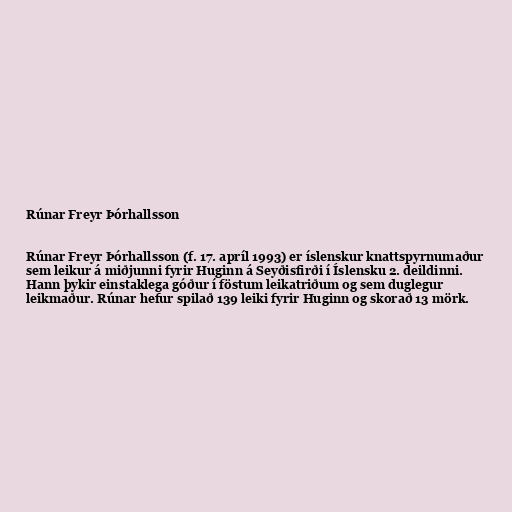
Rúnar Freyr Þórhallsson

Rúnar Freyr Þórhallsson (f. 17. apríl 1993) er íslenskur knattspyrnumaður
sem leikur á miðjunni fyrir Huginn á Seyðisfirði í Íslensku 2. deildinni.
Hann þykir einstaklega góður í föstum leikatriðum og sem duglegur
leikmaður. Rúnar hefur spilað 139 leiki fyrir Huginn og skorað 13 mörk.